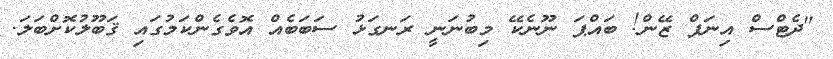
"ދެޓްސް އިނަފް ޒޭން! ބައްޕަ ނޫނެކޭ މިބުނަނީ ރަނގަޅު ސަބަބެއް އޮވެގެންކަމުގައި ޤަބޫލުކޮށްބަލަ.